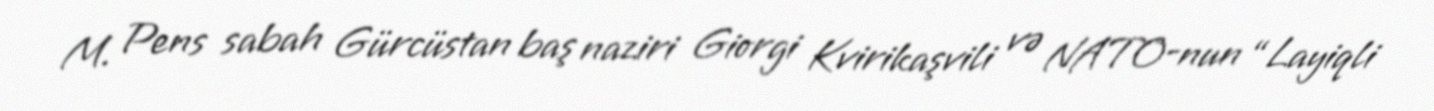
M. Pens sabah Gürcüstan baş naziri Giorgi Kvirikaşvili və NATO-nun “Layiqli